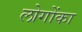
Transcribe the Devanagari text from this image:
लोगोंका